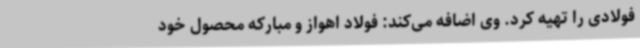
فولادی را تهیه کرد. وی اضافه می‌کند: فولاد اهواز و مبارکه محصول خود